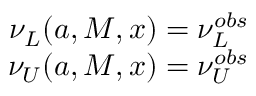
\begin{array} { r } { \nu _ { L } ( a , M , x ) = \nu _ { L } ^ { o b s } } \\ { \nu _ { U } ( a , M , x ) = \nu _ { U } ^ { o b s } } \end{array}